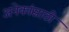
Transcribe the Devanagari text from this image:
अनेकांसाठी